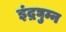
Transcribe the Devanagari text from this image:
इंद्रघुम्न